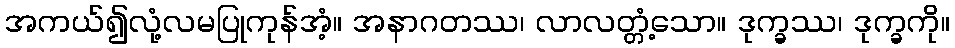
အကယ်၍လုံ့လမပြုကုန်အံ့။ အနာဂတဿ၊ လာလတ္တံ့သော။ ဒုက္ခဿ၊ ဒုက္ခကို။